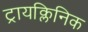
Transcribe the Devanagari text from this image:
ट्रायक्लिनिक